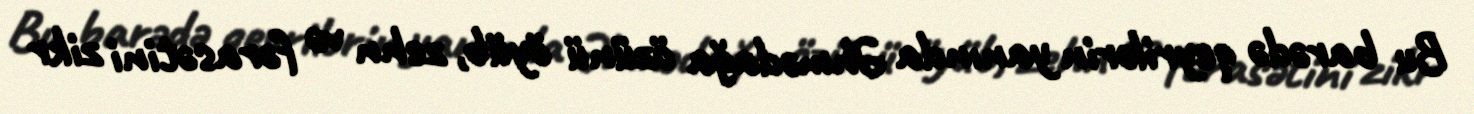
Bu barədə qeyrilərin yanında Əhmədağa özünü öyüb, zehn və fərasətini zikr